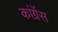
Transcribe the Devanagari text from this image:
कांग्रेंस